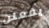
يفعلن